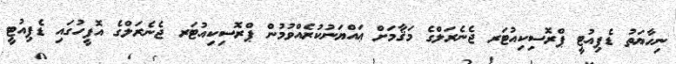
ނިހާޔަތު ޑެޕިއުޓީ ޕްރޮސިކިއުޓަރ ޖެނެރަލްގެ މަޤާމަށް ޢައްޔަނުކުރެއްވުމުން ޕްރޮސިކިއުޓަރ ޖެނެރަލްގެ އޮފީހުގައި ޑެޕިއުޓީ